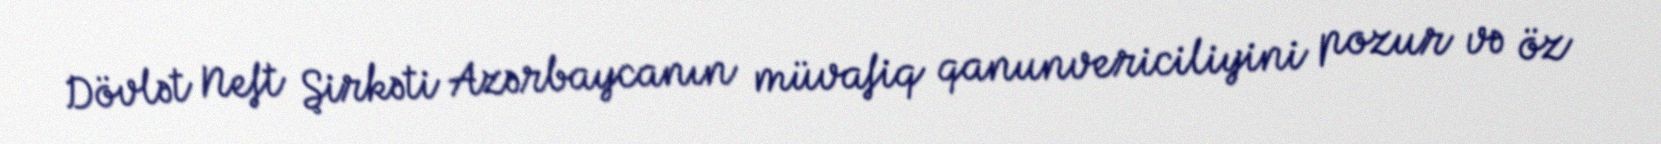
Dövlət Neft Şirkəti Azərbaycanın müvafiq qanunvericiliyini pozur və öz